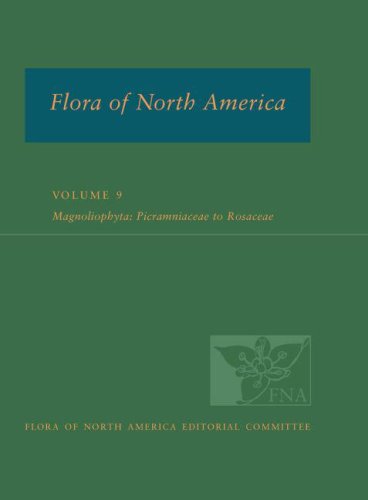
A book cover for Flora of North America: North of Mexico; Volume 9: Magnoliophyta: Picramniaceae to Rosaceae; FNA Ed Committee; Science & Math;